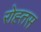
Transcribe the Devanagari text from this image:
रोह्तस